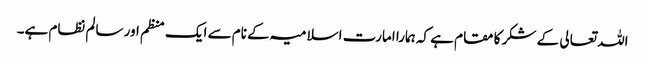
اللہ تعالی کے شکر کا مقام ہے کہ ہمارا امارت اسلامیہ کے نام سے ایک منظم اور سالم نظام ہے۔